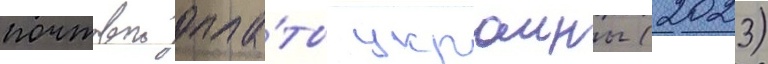
почтовои опла́ты украины (2023)